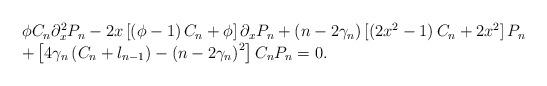
LaTeX: \begin{align*}\begin{tabular}[c]{l}$\phi C_{n}\partial_{x}^{2}P_{n}-2x\left[ \left( \phi-1\right) C_{n}+\phi\right] \partial_{x}P_{n}+\left( n-2\gamma_{n}\right) \left[ \left(2x^{2}-1\right) C_{n}+2x^{2}\right] P_{n}$\\$+\left[ 4\gamma_{n}\left( C_{n}+l_{n-1}\right) -\left( n-2\gamma_{n}\right) ^{2}\right] C_{n}P_{n}=0.$\end{tabular}\end{align*}